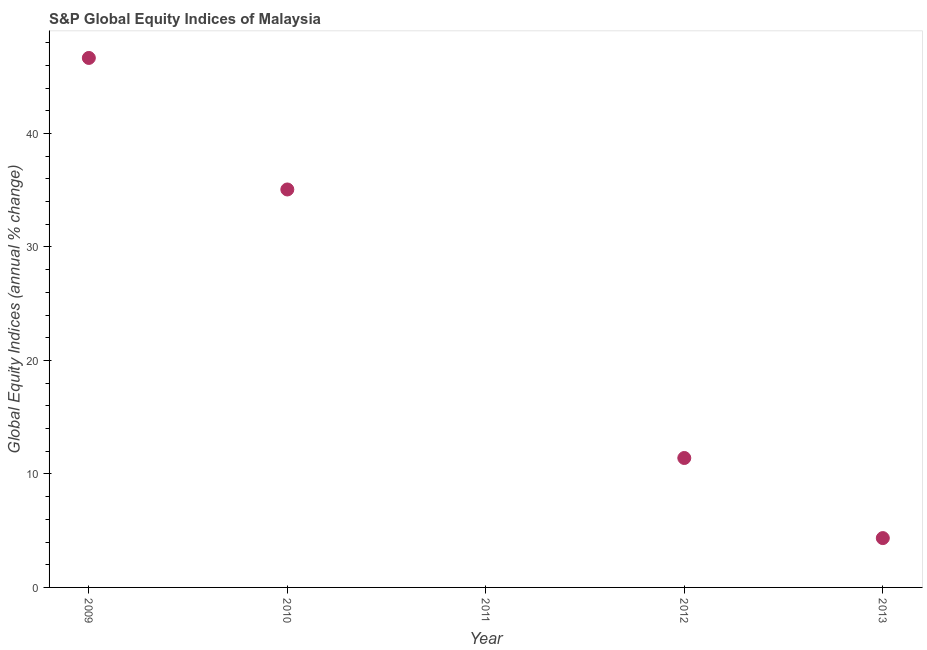
| Year | S&P Global Equity Indices |
 | --- | --- |
 | 2009 | 46.7 |
 | 2010 | 35.1 |
 | 2011 | -1.14 |
 | 2012 | 11.4 |
 | 2013 | 4.35 |